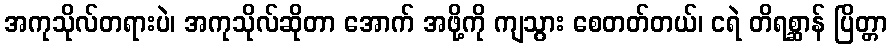
အကုသိုလ်တရားပဲ၊ အကုသိုလ်ဆိုတာ အောက် အဖို့ကို ကျသွား စေတတ်တယ်၊ ငရဲ တိရစ္ဆာန် ပြိတ္တာ